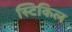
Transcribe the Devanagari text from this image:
स्टिकिल